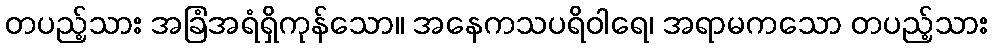
တပည့်သား အခြံအရံရှိကုန်သော။ အနေကသပရိဝါရေ၊ အရာမကသော တပည့်သား